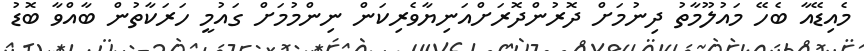
މެއިޑޭއާ ބެހޭ މައުލޫމާތު ދިނުމަށް ދޮރުންދޮރަށްއަނިޔާވެރިކަން ނިންމުމަށް ގައުމީ ހަރަކާތުން ބާއްވާ ބޮޑު